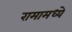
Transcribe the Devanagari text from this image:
रामामध्ये